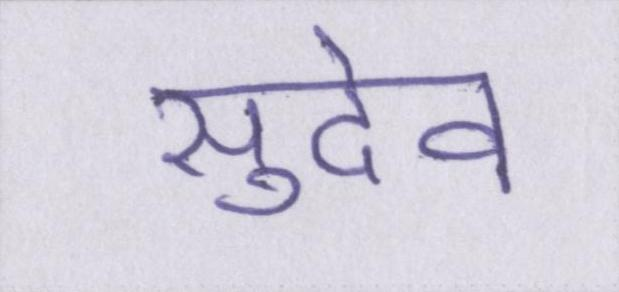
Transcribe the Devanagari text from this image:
सुदेव